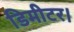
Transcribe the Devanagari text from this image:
डिमीटर।